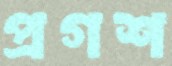
প্রগশ